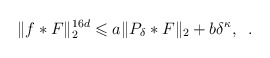
\begin{align*}\|f*F\|_2^{16d}\leqslant a\|P_{\delta}*F\|_2+b\delta^\kappa,\;\;. \end{align*}